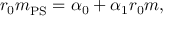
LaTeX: r _ { 0 } m _ { \mathrm { P S } } ^ { } = \alpha _ { 0 } + \alpha _ { 1 } r _ { 0 } m ,